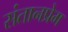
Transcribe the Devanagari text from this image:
संतानप्रेम